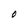
Character: O